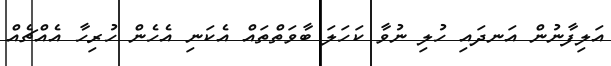
އަލިފާނުން އަނދައި ހުލި ނުވާ ކަހަލަ ބާވަތްތައް އެކަނި އެހެން ހުރިހާ އެއްޗެއް